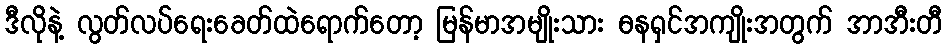
ဒီလိုနဲ့ လွတ်လပ်ရေးခေတ်ထဲရောက်တော့ မြန်မာအမျိုးသား ဓနရှင်အကျိုးအတွက် အာအီးတီ